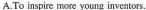
A. To inspire mose young inventors.